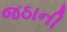
જઠાની